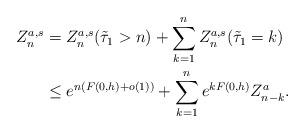
LaTeX: \begin{align*} \begin{aligned}Z_n^{a,s} &= Z_n^{a,s}(\tilde\tau_1 > n) + \sum_{k=1}^n Z_n^{a,s}(\tilde\tau_1 = k)\\&\leq e^{n (F(0,h) + o(1))} + \sum_{k=1}^n e^{k F(0,h)} Z^a_{n - k}.\end{aligned}\end{align*}